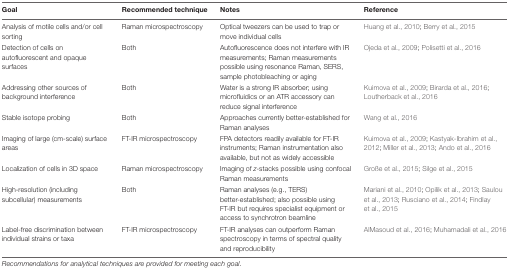
<table><thead><tr><td><b>Goal</b></td><td><b>Recommended technique</b></td><td><b>Notes</b></td><td><b>Reference</b></td></tr></thead><tbody><tr><td>Analysis of motile cells and/or cell sorting</td><td>Raman microspectroscopy</td><td>Optical tweezers can be used to trap or move individual cells</td><td>Huang et al., 2010; Berry et al., 2015</td></tr><tr><td>Detection of cells on autofluorescent and opaque surfaces</td><td>Both</td><td>Autofluorescence does not interfere with IR measurements; Raman measurements possible using resonance Raman, SERS, sample photobleaching or aging</td><td>Ojeda et al., 2009; Polisetti et al., 2016</td></tr><tr><td>Addressing other sources of background interference</td><td>Both</td><td>Water is a strong IR absorber; using microfluidics or an ATR accessory can reduce signal interference</td><td>Kuimova et al., 2009; Birarda et al., 2016; Loutherback et al., 2016</td></tr><tr><td>Stable isotope probing</td><td>Both</td><td>Approaches currently better-established for Raman analyses</td><td>Wang et al., 2016</td></tr><tr><td>Imaging of large (cm-scale) surface areas</td><td>FT-IR microspectroscopy</td><td>FPA detectors readily available for FT-IR instruments; Raman instrumentation also available, but not as widely accessible</td><td>Kuimova et al., 2009; Kastyak-Ibrahim et al., 2012; Miller et al., 2013; Ando et al., 2016</td></tr><tr><td>Localization of cells in 3D space</td><td>Raman microspectroscopy</td><td>Imaging of <i>z</i>-stacks possible using confocal Raman measurements</td><td>Große et al., 2015; Silge et al., 2015</td></tr><tr><td>High-resolution (including subcellular) measurements</td><td>Both</td><td>Raman analyses (e.g., TERS) better-established; also possible using FT-IR but requires specialist equipment or access to synchrotron beamline</td><td>Mariani et al., 2010; Opilik et al., 2013; Saulou et al., 2013; Rusciano et al., 2014; Findlay et al., 2015</td></tr><tr><td>Label-free discrimination between individual strains or taxa</td><td>FT-IR microspectroscopy</td><td>FT-IR analyses can outperform Raman spectroscopy in terms of spectral quality and reproducibility</td><td>AlMasoud et al., 2016; Muhamadali et al., 2016</td></tr></tbody></table>